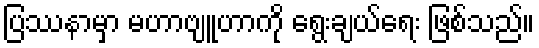
ပြဿနာမှာ မဟာဗျူဟာကို ရွေးချယ်ရေး ဖြစ်သည်။